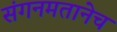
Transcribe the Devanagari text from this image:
संगनमतानेच